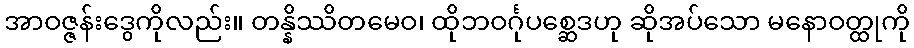
အာဝဇ္ဇန်းဒွေကိုလည်း။ တန္နိဿိတမေဝ၊ ထိုဘဝင်္ဂုပစ္ဆေဒဟု ဆိုအပ်သော မနောဝတ္ထုကို